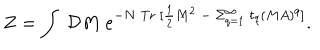
LaTeX: Z = \int ~ { \cal D } M ~ e ^ { - N \ \mathrm { T r } ~ [ { \frac { 1 } { 2 } } M ^ { 2 } ~ - { } ~ \Sigma _ { q = 1 } ^ { \infty } ~ t _ { q } ( M A ) ^ { q } ] } .